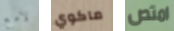
لامع ماكوي امتص